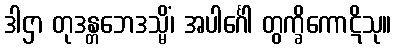
ဒါဌာ တုဒန္တဘေဒသ္မိံ၊ အပါင်္ဂေါ တွက္ခိကောဋိသု။